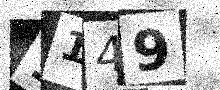
Text: 1149